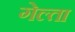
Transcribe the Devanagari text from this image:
गेल्ता